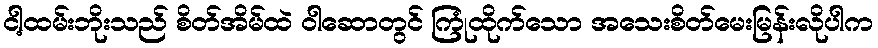
ငါ့ထမ်းဘိုးသည် စိတ်အိမ်ထဲ ဝါဆောတွင် ကြုံထိုက်သော အသေးစိတ်မေးမြန်းလိုပါက